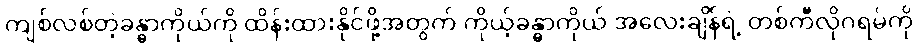
ကျစ်လစ်တဲ့ခန္ဓာကိုယ်ကို ထိန်းထားနိုင်ဖို့အတွက် ကိုယ့်ခန္ဓာကိုယ် အလေးချိန်ရဲ့ တစ်ကီလိုဂရမ်ကို